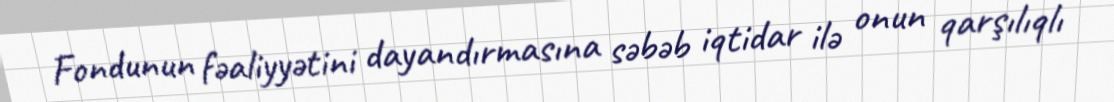
Fondunun fəaliyyətini dayandırmasına səbəb iqtidar ilə onun qarşılıqlı